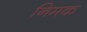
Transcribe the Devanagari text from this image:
निमक